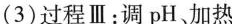
(3)过程Ⅲ：调pH、加热